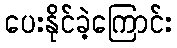
ပေးနိုင်ခဲ့ကြောင်း